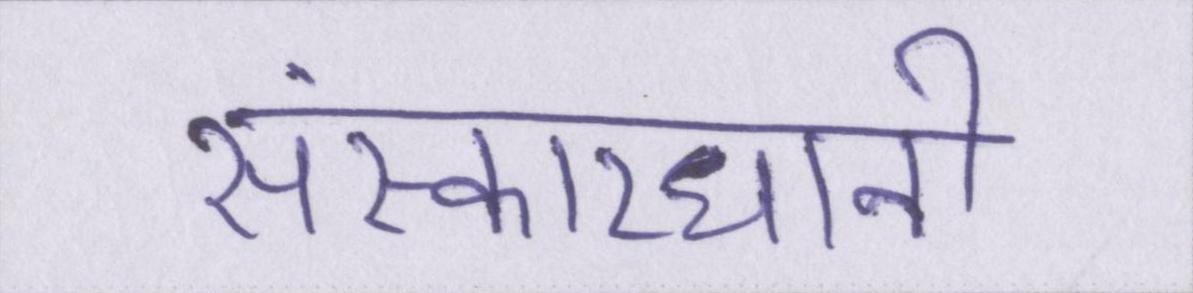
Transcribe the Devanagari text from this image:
संस्कारधानी